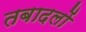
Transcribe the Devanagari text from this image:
तबादलों